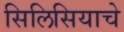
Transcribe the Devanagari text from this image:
सिलिसियाचे